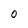
Character: O